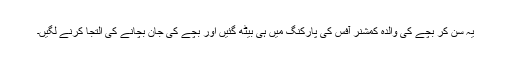
یہ سن کر بچے کی والدہ کمشنر آفس کی پارکنگ میں ہی بیٹھ گئیں اور بچے کی جان بچانے کی التجا کرنے لگیں۔